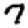
Digit: 7